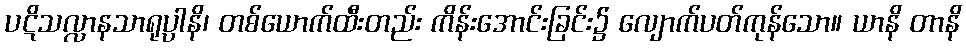
ပဋိသလ္လာနသာရုပ္ပါနိ၊ တစ်ယောက်ထီးတည်း ကိန်းအောင်းခြင်း၌ လျောက်ပတ်ကုန်သော။ ယာနိ တာနိ